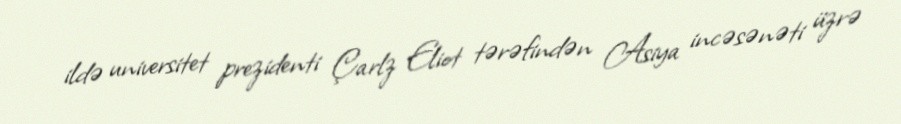
ildə universitet prezidenti Çarlz Eliot tərəfindən Asiya incəsənəti üzrə